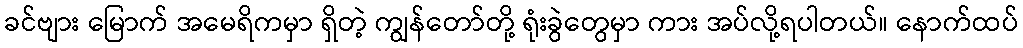
ခင်ဗျား မြောက် အမေရိကမှာ ရှိတဲ့ ကျွန်တော်တို့ ရုံးခွဲတွေမှာ ကား အပ်လို့ရပါတယ်။ နောက်ထပ်